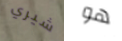
شيري هو